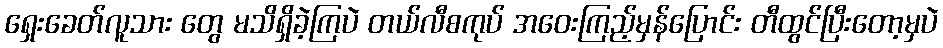
ရှေးခေတ်လူသား တွေ မသိရှိခဲ့ကြပဲ တယ်လီစကုပ် အဝေးကြည့်မှန်ပြောင်း တီထွင်ပြီးတော့မှပဲ